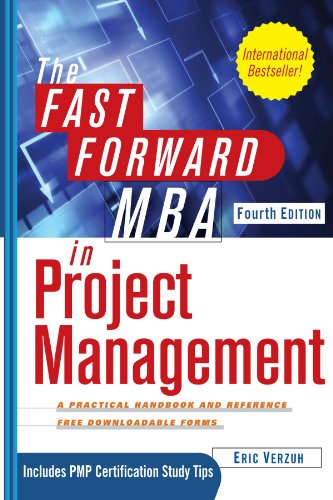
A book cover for The Fast Forward MBA in Project Management; Eric Verzuh; Business & Money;